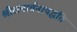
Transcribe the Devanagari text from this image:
श्रीरामार्चनापद्धति